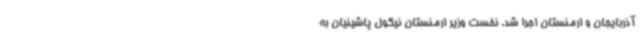
آذربایجان و ارمنستان اجرا شد. نخست وزیر ارمنستان نیکول پاشینیان به